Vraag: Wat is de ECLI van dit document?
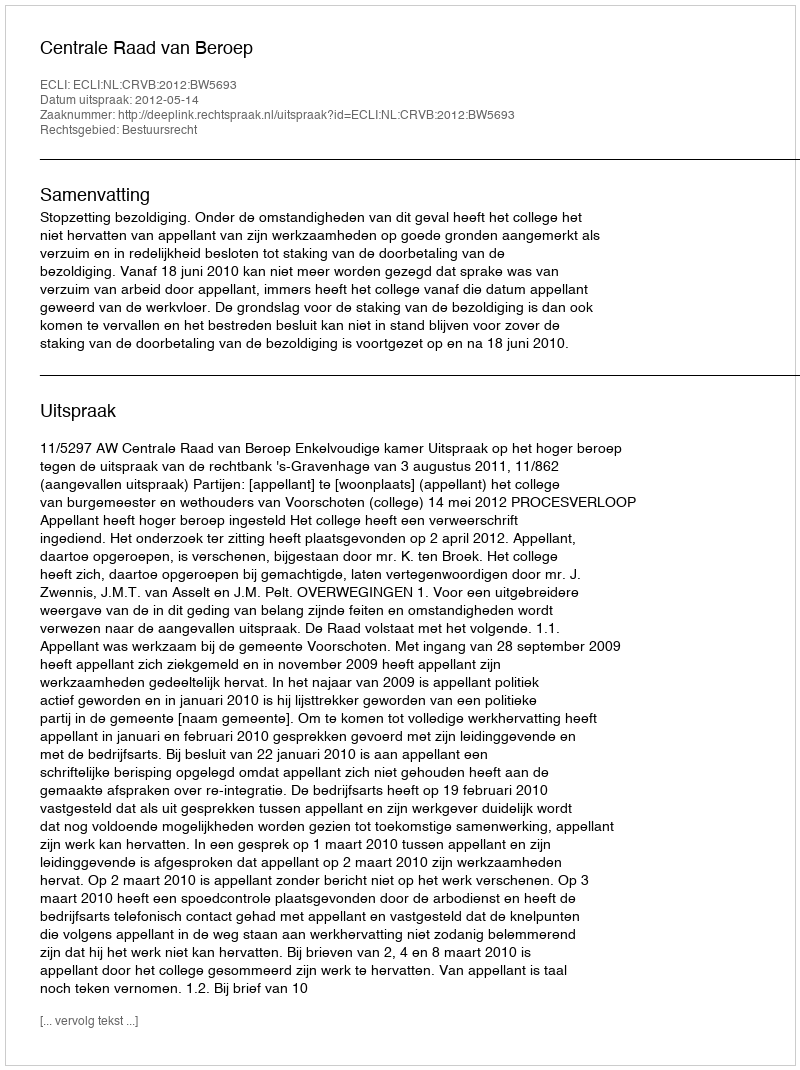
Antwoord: ECLI:NL:CRVB:2012:BW5693